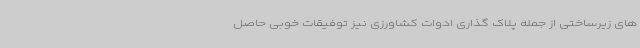
های زیرساختی از جمله پلاک گذاری ادوات کشاورزی نیز توفیقات خوبی حاصل